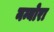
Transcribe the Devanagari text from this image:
नन्योरा